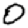
Digit: 0